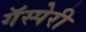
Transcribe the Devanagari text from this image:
गॅस्पेरी